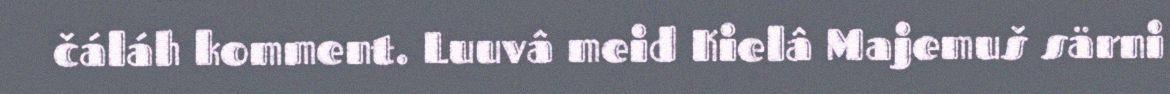
čáláh komment. Luuvâ meid Kielâ Majemuš särni